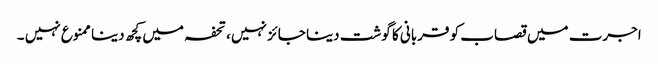
اجرت میں قصاب کو قربانی کا گوشت دینا جائز نہیں ،تحفہ میں کچھ دینا ممنوع نہیں ۔